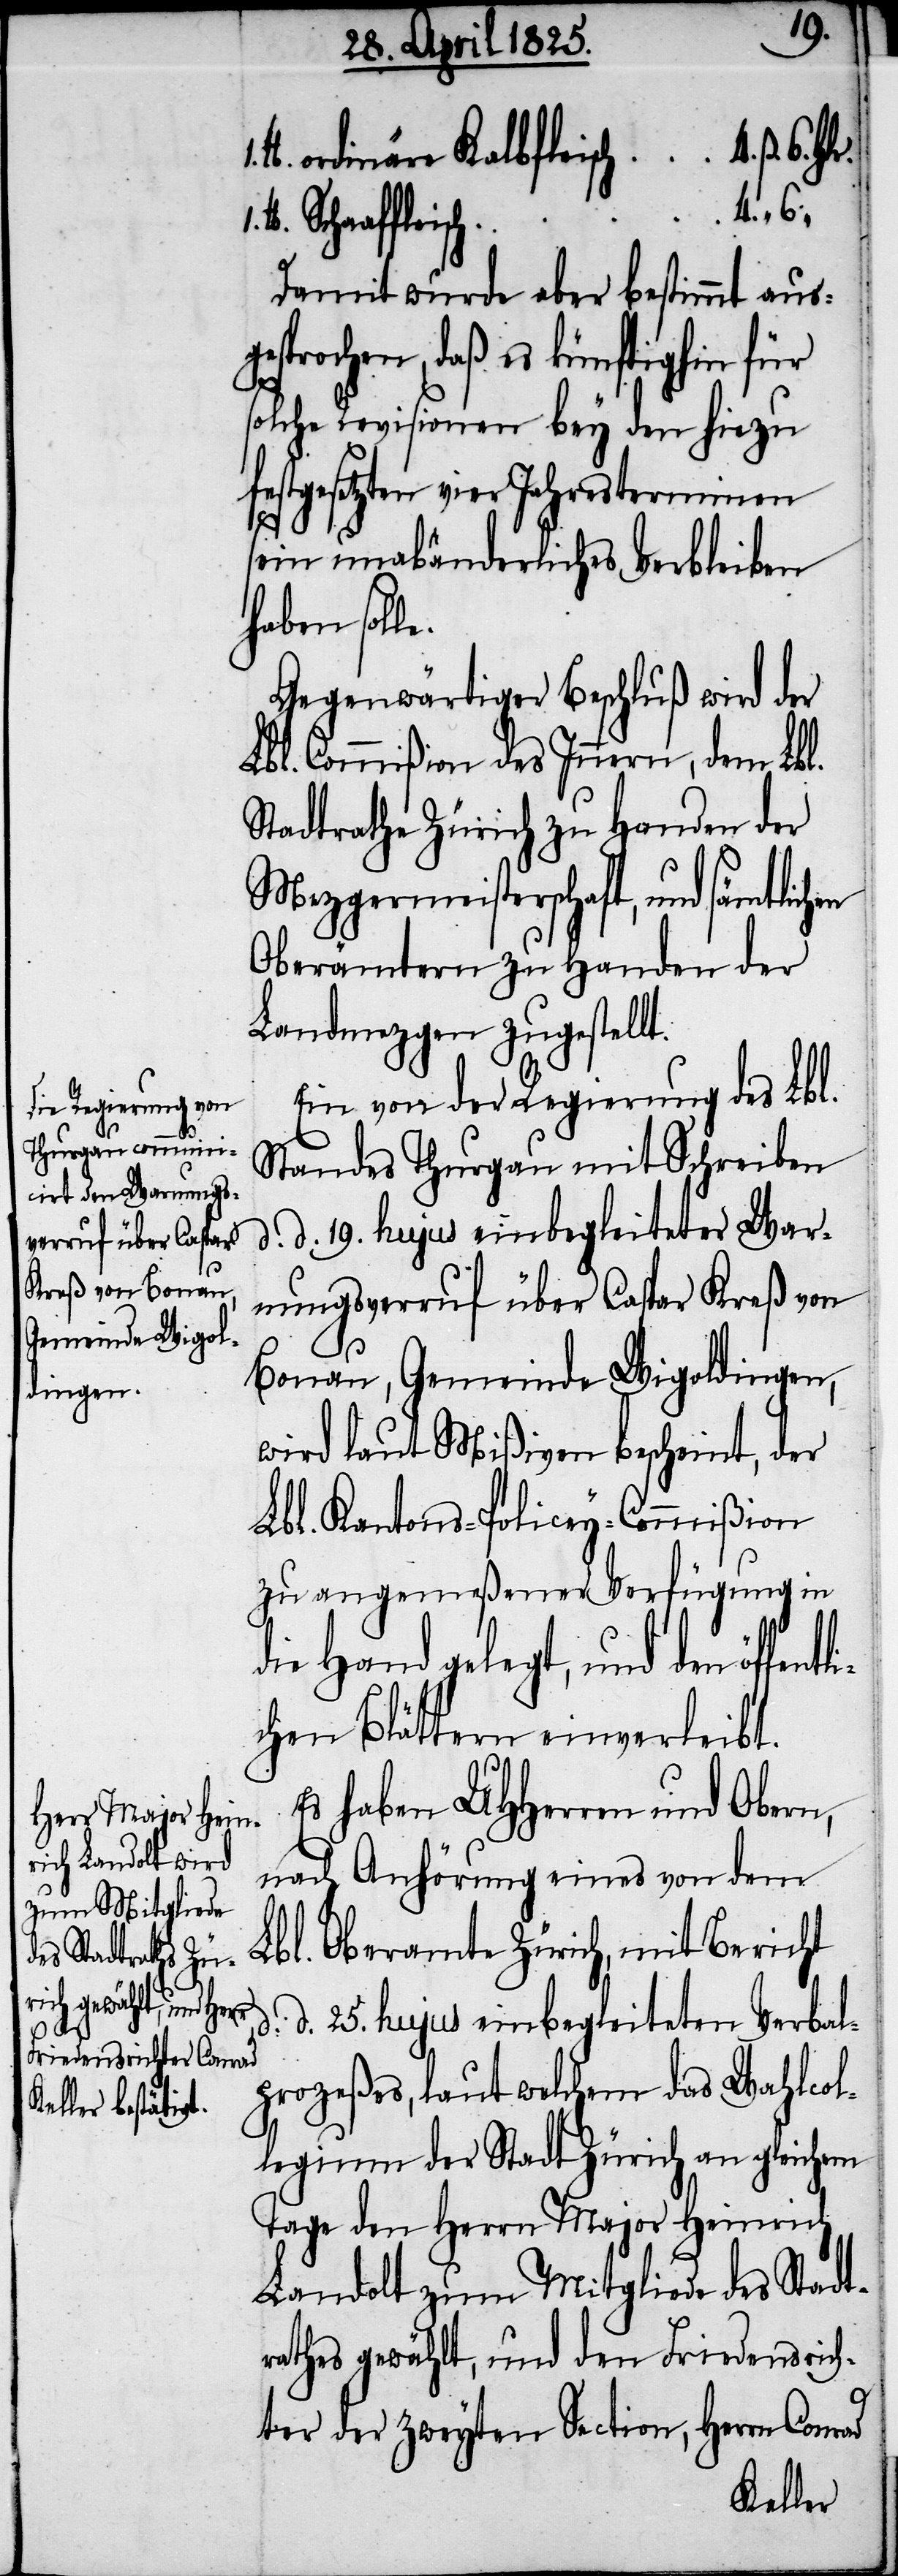
e.
ntli¬
Damit wurde aber bestimmt aus¬
prochen, daß es künftighin für
solche Revisionen bey den hiezu f¬
estgesetzten vier Jahresterminen
sein unabänderliches Verbleiben
haben soll¬
Gegenwärtiger Beschluß wird der
Lbl. Commißion des Innern, dem Lbl.
Stadtrathe Zürich zu Handen der
Mezgermeisterschaft, und säm¬
Oberämtern zu Handen der
Landmezgen zugestellt.
Ein von der Regierung des Lbl.
Standes Thurgau mit Schreiben
d. d. 19. hujus einbegleiteter War¬
nungsverruf über Caspar Kreß von
Bonau, Gemeinde Wigoldingen,
wird laut Mißiven bescheint, der
Lbl. Kantons-Policey-Commißion
zu angemeßener Verfügung in
die Hand gelegt, und den öffe¬
chen Blättern einverleibt.
Es haben UHHerren und Obern,
nach Anhörung eines von dem
Lbl. Oberamte Zürich, mit Bericht
d. d. 25. hujus einbegleiteten Verbal¬
prozeßes, laut welchem das Wahlcol¬
legium der Stadt Zürich an gleichem
Tage den Herrn Major Heinrich
Landolt zum Mitgliede des Stadt¬
rathes gewählt, und den Friedensrich¬
ter der zweyten Section, Herrn Conrad